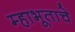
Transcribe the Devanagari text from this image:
म्हाभूताचे